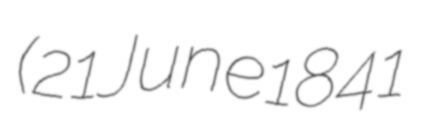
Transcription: (21 June 1841